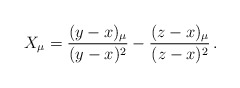
\begin{align*}X_{ \mu } = \frac{(y-x)_{\mu}}{(y-x)^2} - \frac{(z-x)_{\mu}}{(z-x)^2} \, .\end{align*}